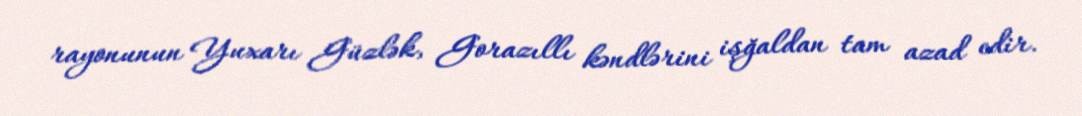
rayonunun Yuxarı Güzlək, Gorazıllı kəndlərini işğaldan tam azad edir.